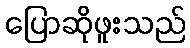
ပြောဆိုဖူးသည်